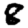
Digit: 8